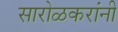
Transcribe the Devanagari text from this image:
सारोळकरांनी